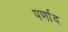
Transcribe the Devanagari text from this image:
पर्णाद